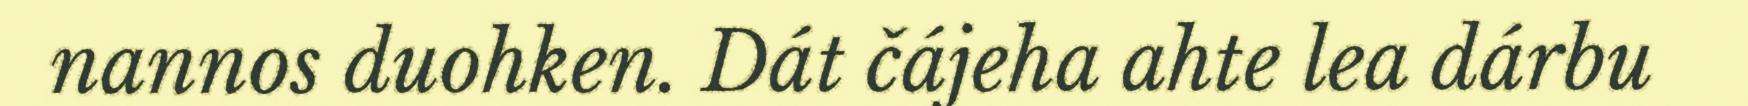
nannos duohken. Dát čájeha ahte lea dárbu